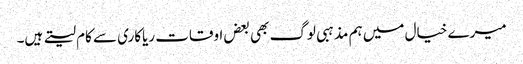
میرے خیال میں ہم مذہبی لوگ بھی بعض اوقات ریاکاری سے کام لیتے ہیں۔